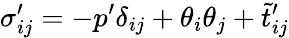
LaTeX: \sigma_{ij}^{\prime}=-p^{\prime}\delta_{ij}+\theta_{i}\theta_{j}+\tilde{t}_{ij}^{\prime}